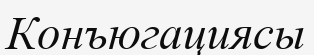
Конъюгациясы